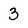
Character: 3